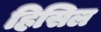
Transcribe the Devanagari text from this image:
हिसिल